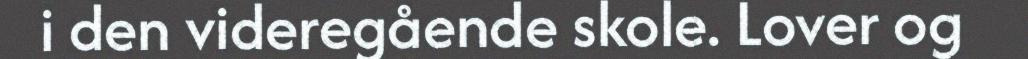
i den videregående skole. Lover og